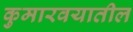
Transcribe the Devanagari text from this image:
कुमारवयातील